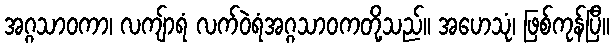
အဂ္ဂသာဝကာ၊ လကျ်ာရံ လက်ဝဲရံအဂ္ဂသာဝကတို့သည်။ အဟေသုံ၊ ဖြစ်ကုန်ပြီ။